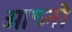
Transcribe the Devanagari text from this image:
ओच्नो